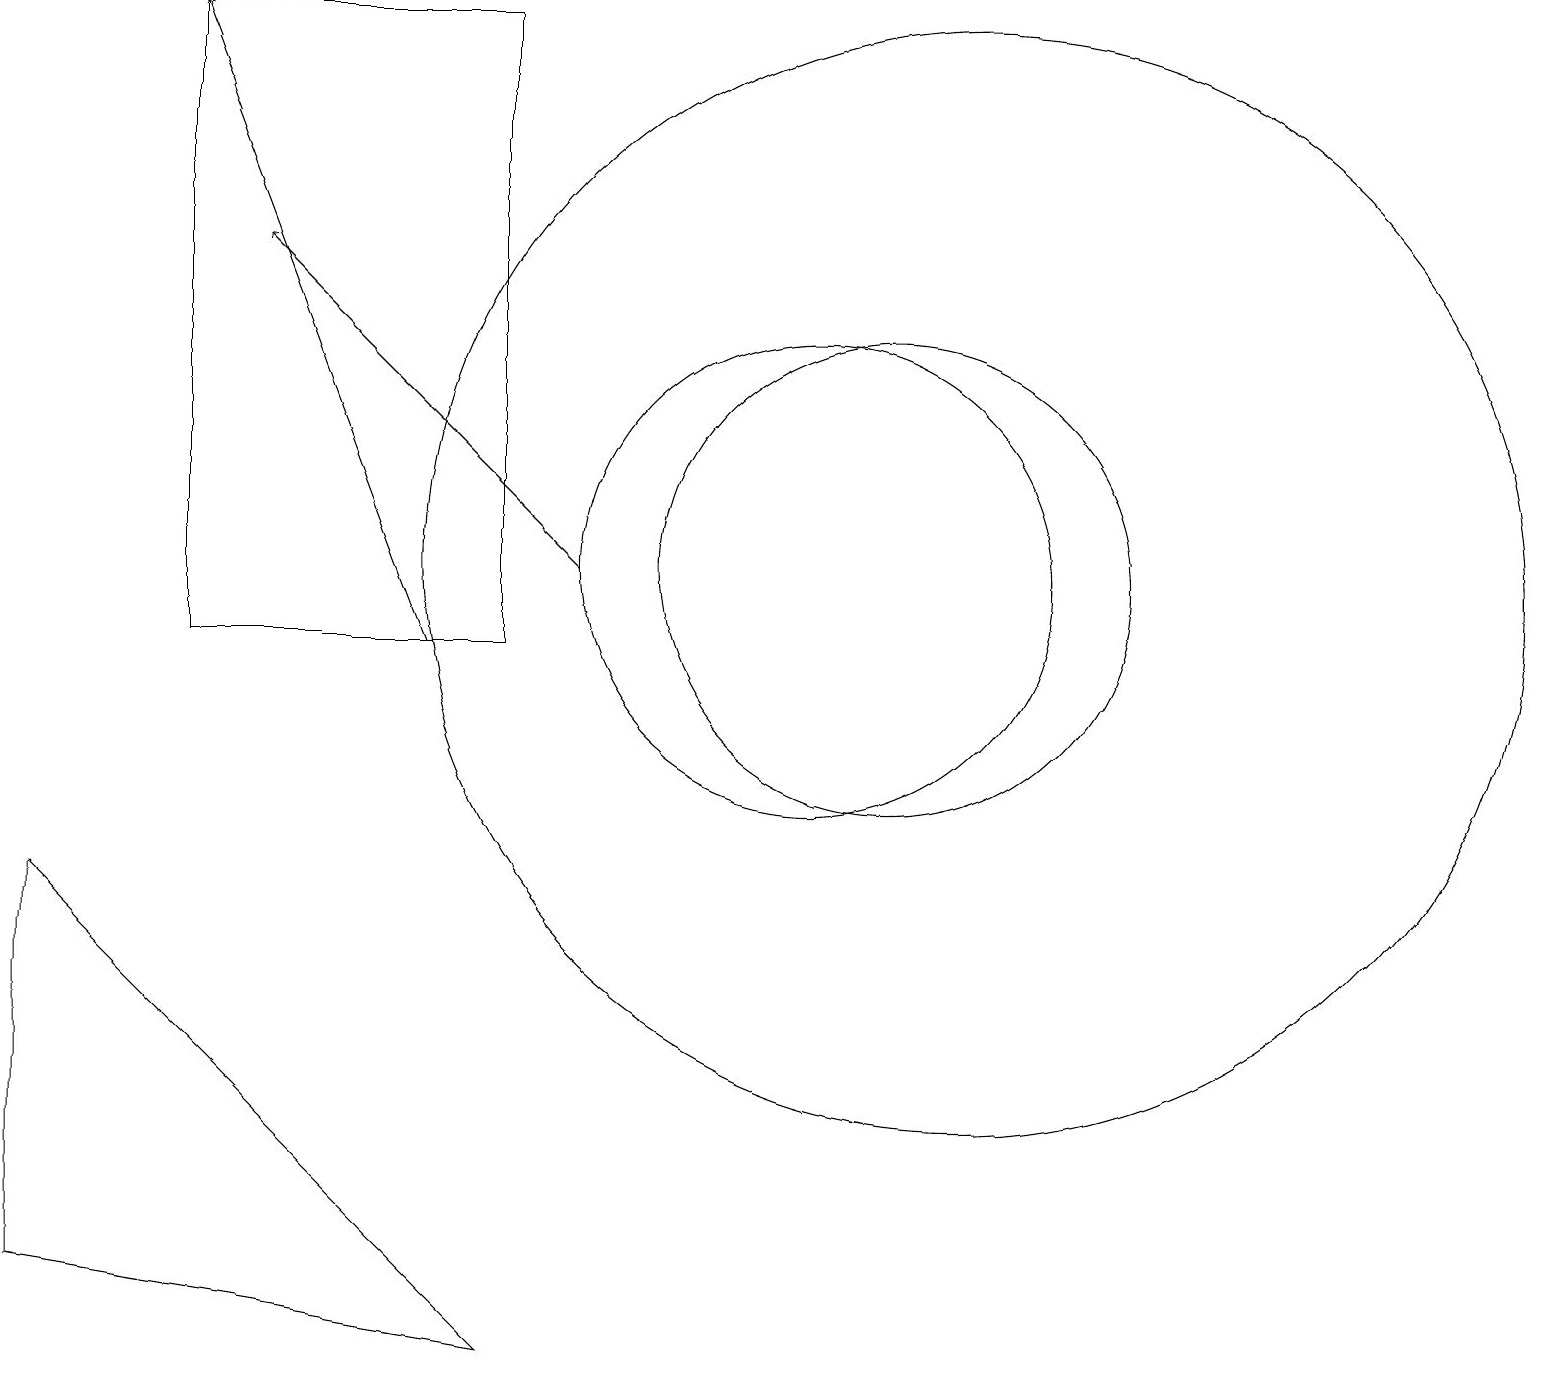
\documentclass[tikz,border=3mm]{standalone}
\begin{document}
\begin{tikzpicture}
\draw (2,10) rectangle (6,18);
\draw[->] (7,11) -- (3,15);
\draw (11,11) circle (3);
\draw[->] (5,10) -- (2,18);
\draw (0,2) -- (6,1) -- (0,7) -- cycle;
\draw (10,11) circle (3);
\draw (12,11) circle (7);
\draw (10,10) circle (0);
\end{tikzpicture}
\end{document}